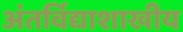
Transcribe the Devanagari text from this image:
अंतर्विद्याशाखीय